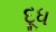
દૂૂધ